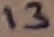
Text: 13